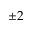
\pm 2